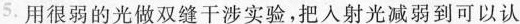
5.用很弱的光做双缝干涉实验，把入射光减弱到可以认